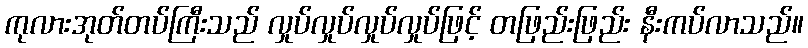
ကုလားအုတ်တပ်ကြီးသည် လှုပ်လှုပ်လှုပ်လှုပ်ဖြင့် တဖြည်းဖြည်း နီးကပ်လာသည်။